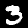
Digit: 3